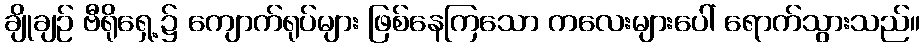
ချိုချဉ် ဗီရိုရှေ့၌ ကျောက်ရုပ်များ ဖြစ်နေကြသော ကလေးများပေါ် ရောက်သွားသည်။